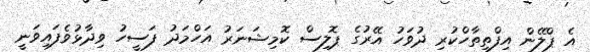
އެ ޕްލޭން އިފްތިތާހްކުރި ދުވަހު އޭރުގެ ޕޮލިސް ކޮމިޝަނަރު އަހްމަދު ފަސީހު ވިދާޅުވެފައިވަނީ